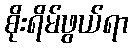
စိုးရိမ်ဖွယ်ရာ